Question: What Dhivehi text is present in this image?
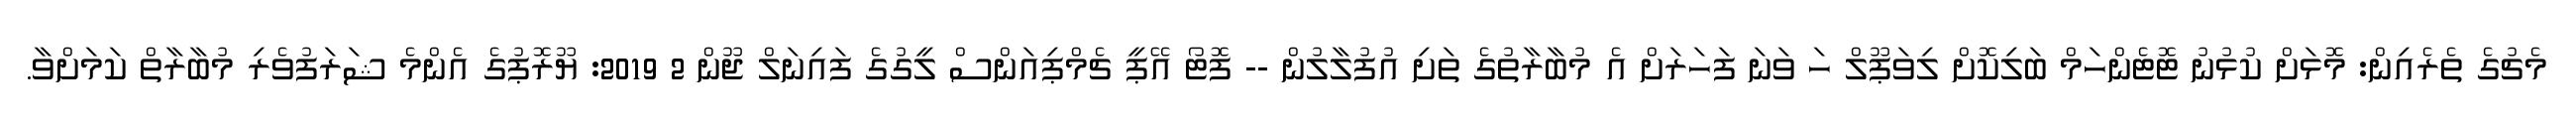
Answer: މެޗުގެ ތެރެއިން: މޮޅަށް ކުޅުނު ޓޮޓެންހަމް ބަލިކޮށް ލިވަޕޫލް ހަ ވަނަ ފަހަރަށް އެ މުބާރާތުގެ ތަށި އުފުލާލުން -- ފޮޓޯ އޭޕީ ޗެމްޕިއަންސް ލީގުގެ ފައިނަލް ޖޫން 2 2019: ޔޫރޮޕުގެ އެންމެ ޝަރަފުވެރި މުބާރާތް ކަމަށްވާ.